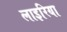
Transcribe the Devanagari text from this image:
लाइरिया